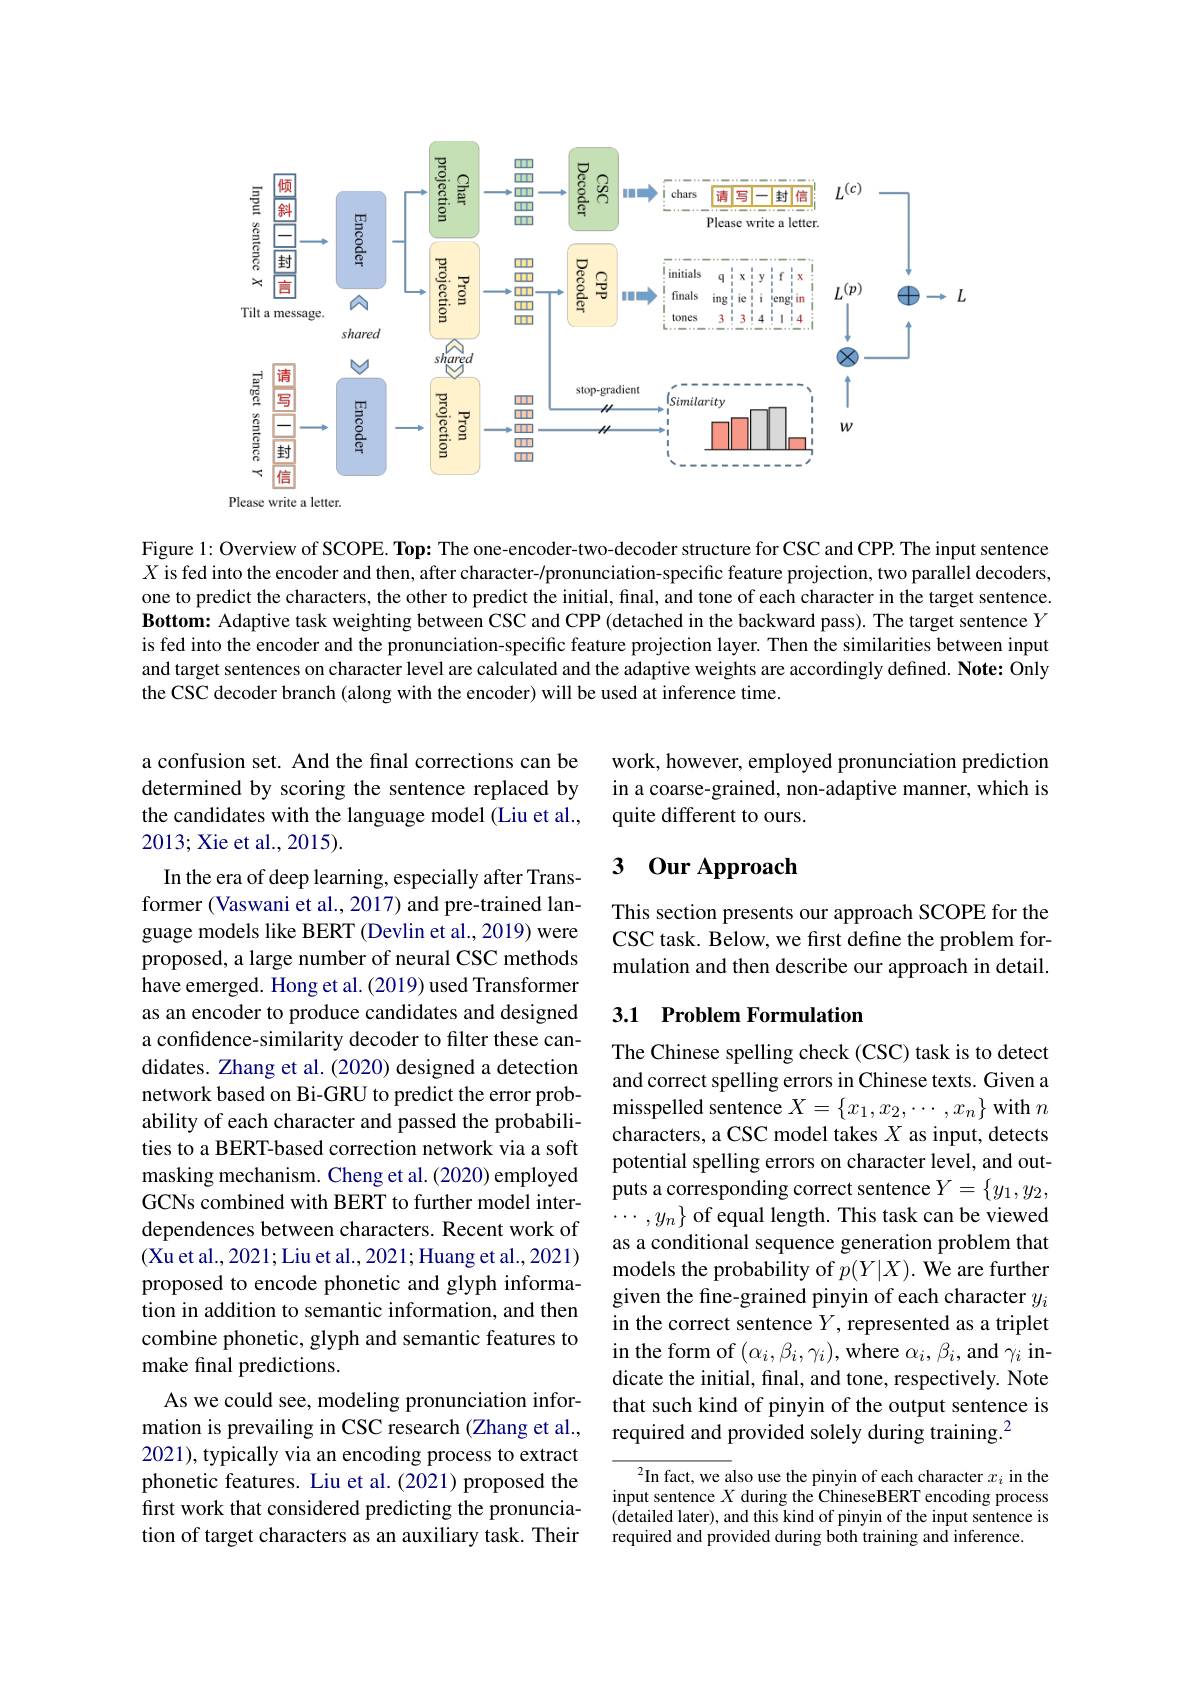
<FigureHere>

Figure 1: Overview of SCOPE. Top: The one-encoder-two-decoder structure for CSC and CPP. The input sentence $X$ is fed into the encoder and then, after character-/pronunciation-specific feature projection, two parallel decoders, one to predict the characters, the other to predict the initial, final, and tone of each character in the target sentence. Bottom: Adaptive task weighting between CSC and CPP (detached in the backward pass). The target sentence $Y$ is fed into the encoder and the pronunciation-specific feature projection layer. Then the similarities between input and target sentences on character level are calculated and the adaptive weights are accordingly defined. Note: Only the CSC decoder branch (along with the encoder) will be used at inference time.

work, however, employed pronunciation prediction in a coarse-grained, non-adaptive manner, which is quite different to ours.

a confusion set. And the final corrections can be determined by scoring the sentence replaced by the candidates with the language model (Liu et al., 2013; Xie et al., 2015).

## 3 0ur Approach

This section presents our approach SCOPE for the CSC task. Below, we first define the problem formulation and then describe our approach in detail.

## 3.1 Problem Formulation

In the era of deep learning, especially after Transformer (Vaswani et al., 2017) and pre-trained language models like BERT (Devlin et al., 2019) were proposed, a large number of neural CSC methods have emerged. Hong et al. (2019) used Transformer as an encoder to produce candidates and designed a confidence-similarity decoder to filter these candidates. Zhang et al. (2020) designed a detection network based on Bi-GRU to predict the error probability of each character and passed the probabilities to a BERT-based correction network via a soft
dependences between characters. Recent work of (Xu et al., 2021; Liu et al., 2021; Huang et al., 2021) proposed to encode phonetic and glyph information in addition to semantic information, and then combine phonetic, glyph and semantic features to make final predictions.
As we could see, modeling pronunciation information is prevailing in CSC research (Zhang et al., 2021), typically via an encoding process to extract phonetic features. Liu et al.(2021) proposed the first work that considered predicting the pronunciation of target characters as an auxiliary task. Their

The Chinese spelling check (CSC) task is to detect and correct spelling errors in Chinese texts. Given a misspelled sentence $X=\{x_1,x_2,\cdots,x_n\}$ with $n$ characters, a CSC model takes $X$ as input, detects potential spelling errors on character level, and out- $\cdots,y_{n}\}$ of equal length. This task can be viewed as a conditional sequence generation problem that models the probability of $p(Y|X).$ We are further given the fine-grained pinyin of each character $y_i$ in the correct sentence $Y$, represented as a triplet in the form of $(\alpha_i,\beta_i,\gamma_i)$,where $\alpha_i,\beta_i$,and $\gamma_i$ indicate the initial, final, and tone, respectively. Note that such kind of pinyin of the output sentence is required and provided solely during training.$^{2}$

$^2$In fact, we also use the pinyin of each character $x_i$ in the input sentence $X$ during the ChineseBERT encoding process (detailed later), and this kind of pinyin of the input sentence is required and provided during both training and inference.